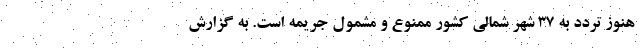
هنوز تردد به ۳۷ شهر شمالی کشور ممنوع و مشمول جریمه است. به گزارش